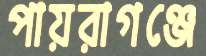
পায়রাগঞ্জে